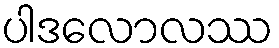
ပါဒလောလဿ